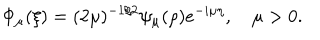
LaTeX: \Phi _ { \mu } ( \xi ) = ( 2 \mu ) ^ { - 1 / 2 } \psi _ { \mu } ( \rho ) e ^ { - i \mu \eta } , \quad \mu > 0 .